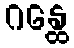
ဂန္ထေ